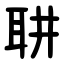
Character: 䎴